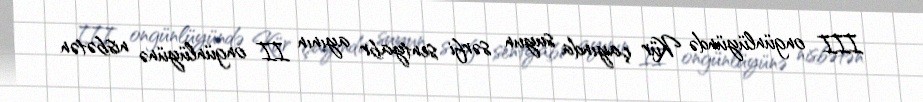
III ongünlüyündə Kür çayında suyun sərfi sentyabr ayının II ongünlüyünə nisbətən